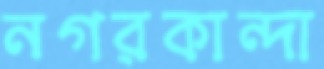
নগরকান্দা